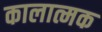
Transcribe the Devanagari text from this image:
कालात्मक